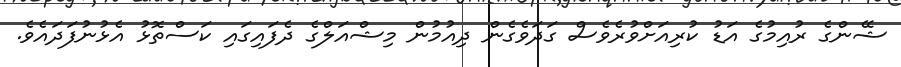
ޝޭންގެ ރުއިމުގެ އަޑު ކުރިއަށްވުރެވެސް ގަދަވެގެން ދިއުމުން މިޝްއަލްގެ ދެފައިގައި ކަސްތޮޅު އެޅުނުފަދައެވެ.